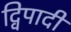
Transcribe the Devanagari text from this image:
द्विपादी